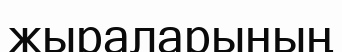
жыраларының